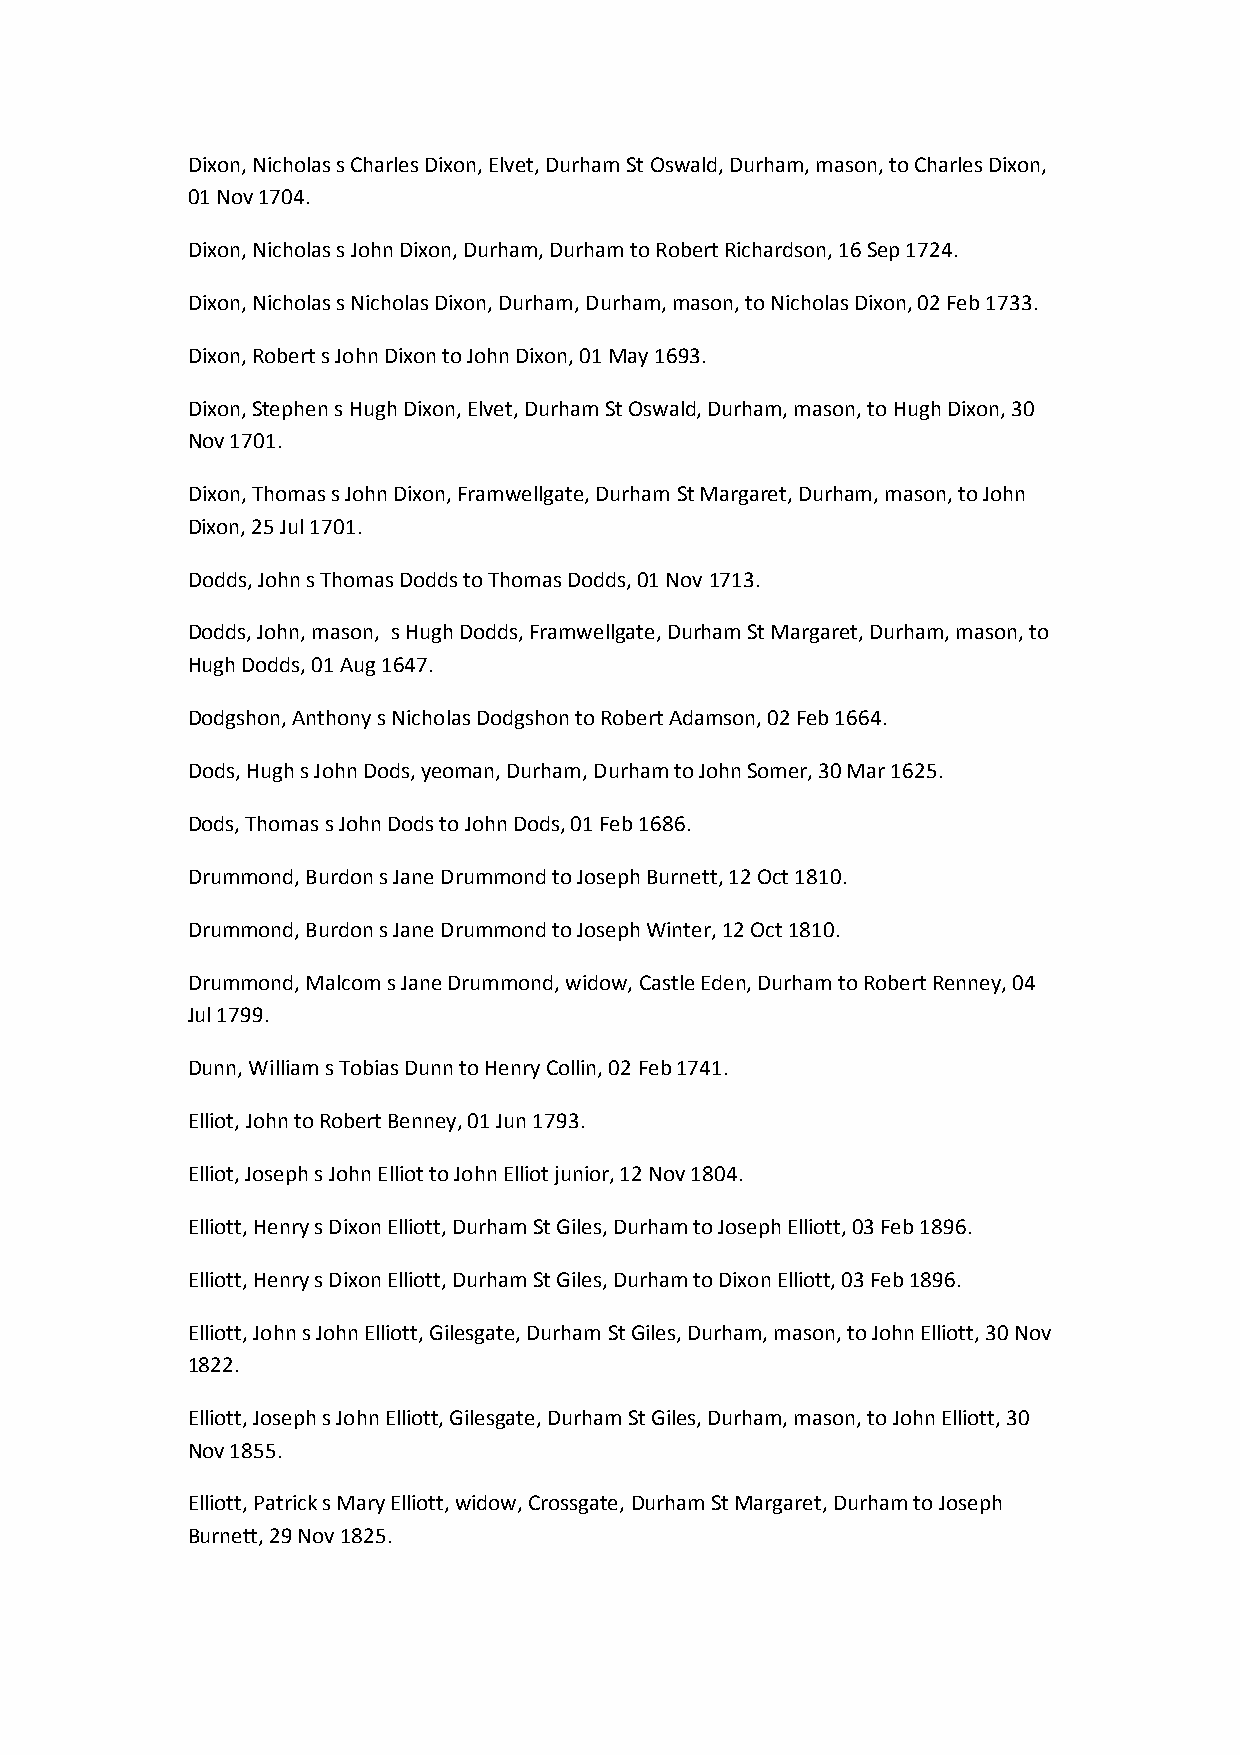
Dixon, Nicholas s Charles Dixon, Elvet, Durham St Oswald, Durham, mason, to Charles Dixon,
 01 Nov 1704.
 Dixon, Nicholas s John Dixon, Durham, Durham to Robert Richardson, 16 Sep 1724.
 Dixon, Nicholas s Nicholas Dixon, Durham, Durham, mason, to Nicholas Dixon, 02 Feb 1733.
 Dixon, Robert s John Dixon to John Dixon, 01 May 1693.
 Dixon, Stephen s Hugh Dixon, Elvet, Durham St Oswald, Durham, mason, to Hugh Dixon, 30
 Nov 1701.
 Dixon, Thomas s John Dixon, Framwellgate, Durham St Margaret, Durham, mason, to John
 Dixon, 25 Jul 1701.
 Dodds, John s Thomas Dodds to Thomas Dodds, 01 Nov 1713.
 Dodds, John, mason, s Hugh Dodds, Framwellgate, Durham St Margaret, Durham, mason, to
 Hugh Dodds, 01 Aug 1647.
 Dodgshon, Anthony s Nicholas Dodgshon to Robert Adamson, 02 Feb 1664.
 Dods, Hugh s John Dods, yeoman, Durham, Durham to John Somer, 30 Mar 1625.
 Dods, Thomas s John Dods to John Dods, 01 Feb 1686.
 Drummond, Burdon s Jane Drummond to Joseph Burnett, 12 Oct 1810.
 Drummond, Burdon s Jane Drummond to Joseph Winter, 12 Oct 1810.
 Drummond, Malcom s Jane Drummond, widow, Castle Eden, Durham to Robert Renney, 04
 Jul 1799.
 Dunn, William s Tobias Dunn to Henry Collin, 02 Feb 1741.
 Elliot, John to Robert Benney, 01 Jun 1793.
 Elliot, Joseph s John Elliot to John Elliot junior, 12 Nov 1804.
 Elliott, Henry s Dixon Elliott, Durham St Giles, Durham to Joseph Elliott, 03 Feb 1896.
 Elliott, Henry s Dixon Elliott, Durham St Giles, Durham to Dixon Elliott, 03 Feb 1896.
 Elliott, John s John Elliott, Gilesgate, Durham St Giles, Durham, mason, to John Elliott, 30 Nov
 1822.
 Elliott, Joseph s John Elliott, Gilesgate, Durham St Giles, Durham, mason, to John Elliott, 30
 Nov 1855.
 Elliott, Patrick s Mary Elliott, widow, Crossgate, Durham St Margaret, Durham to Joseph
 Burnett, 29 Nov 1825.